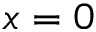
x = 0